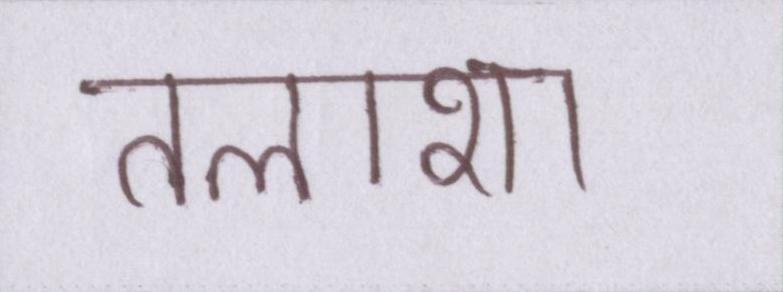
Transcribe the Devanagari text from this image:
तलाशा